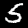
Digit: 5